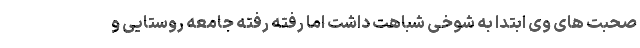
صحبت های وی ابتدا به شوخی شباهت داشت اما رفته رفته جامعه روستایی و